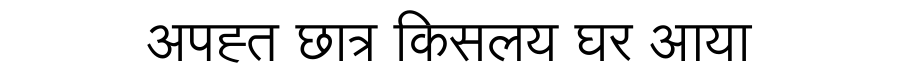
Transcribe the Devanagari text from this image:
अपह्त छात्र किसलय घर आया